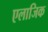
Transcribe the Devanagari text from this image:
एलाजिक